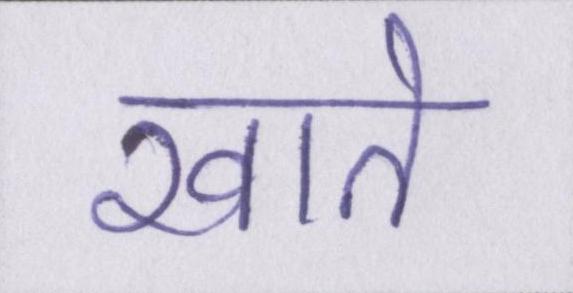
खाते